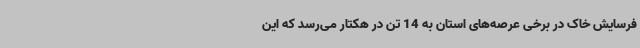
فرسایش خاک در برخی عرصه‌های استان به 14 تن در هکتار می‌رسد که این